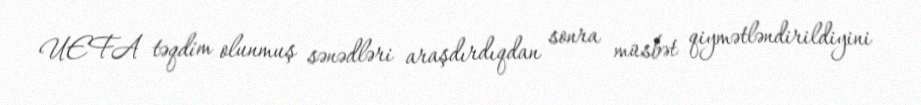
UEFA təqdim olunmuş sənədləri araşdırdıqdan sonra müsbət qiymətləndirildiyini